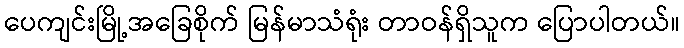
ပေကျင်းမြို့အခြေစိုက် မြန်မာသံရုံး တာဝန်ရှိသူက ပြောပါတယ်။